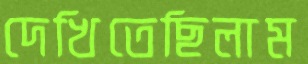
দেখিতেছিলাম